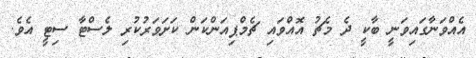
އެއްވަނާގައިވަނީ ބާކީ ދެ މެޗު އޮއްވައި ޗެމްޕިއަންކަން ކަށަވަރުކުރި ލެސްޓާ ސިޓީ އެވެ.